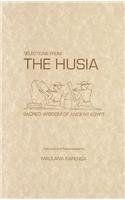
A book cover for Selections from the Husia: Sacred Wisdom of Ancient Egypt; Maulana Karenga; History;